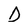
Character: D